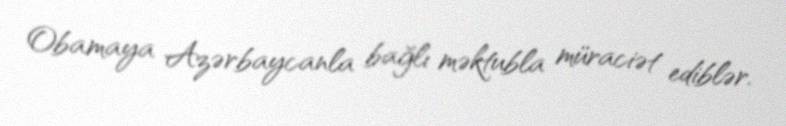
Obamaya Azərbaycanla bağlı məktubla müraciət ediblər.